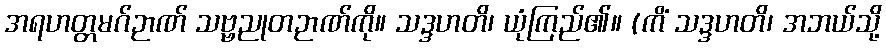
အရဟတ္တမဂ်ဉာဏ် သဗ္ဗညုတဉာဏ်ကို။ သဒ္ဒဟတိ၊ ယုံကြည်၏။ (ကိံ သဒ္ဒဟတိ၊ အဘယ်သို့